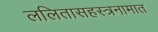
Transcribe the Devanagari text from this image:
ललितासहस्त्रनामात